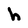
Character: h